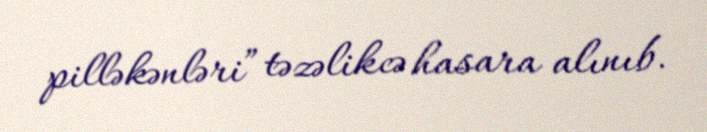
pilləkənləri” təzəlikcə hasara alınıb.